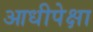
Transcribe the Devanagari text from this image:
आधीपेक्षा